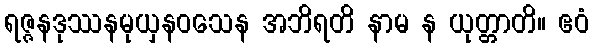
ရဇ္ဇနဒုဿနမုယှနဝသေန အဘိရတိ နာမ န ယုတ္တာတိ။ ဧဝံ